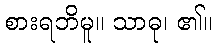
စားရဘိမူ။ သာဓု၊ ၏။